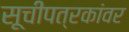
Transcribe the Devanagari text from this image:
सूचीपत्रकांवर